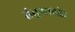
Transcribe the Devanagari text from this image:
तंतूगाठोडे